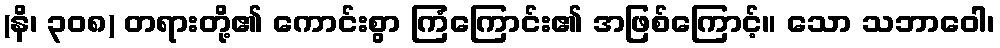
(နိ၊ ၃၀၈) တရားတို့၏ ကောင်းစွာ ကြံကြောင်း၏ အဖြစ်ကြောင့်။ သော သဘာဝေါ၊